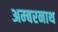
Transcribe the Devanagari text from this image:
अम्‍बरनाथ